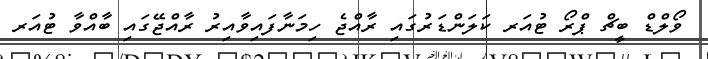
ވޯލްޑް ބީޗް ޕްރޯ ޓުއަރ ކަލަންޑަރުގައި ރާއްޖެ ހިމަނާފައިވާއިރު ރާއްޖޭގައި ބާއްވާ ޓުއަރ